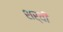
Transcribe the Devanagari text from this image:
शर्वी